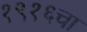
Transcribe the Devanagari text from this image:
१९१६चा